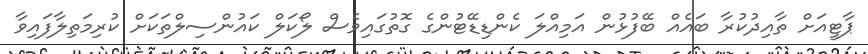
ޕާޓީއަށް ތާއިދުކުރާ ބައެއް ބޭފުޅުން އަމިއްލަ ކެންޑިޑޭޓުންގެ ގޮތުގައިވެސް ލޯކަލް ކައުންސިލްތަކަށް ކުރިމަތިލާފައިވާ